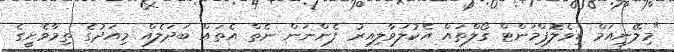
"މިލޭނިއަމް ޑިވެލޮޕްމަންޓް ގޯލްތައް އެކުލަވާލިއިރު ފެންނަން ނެތް އެތައް ބަދަލެއް މިއަދުގެ ތިމާވެށީގެ